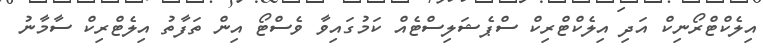
އިލެކްޓްރޯނިކް އަދި އިލެކްޓްރިކް ސްޕެޝަލިސްޓެއް ކަމުގައިވާ ވެސްޓޯ އިން ތަފާތު އިލެޓްރިކް ސާމާނު